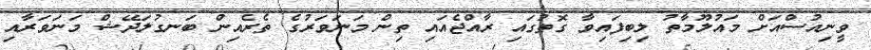
ވީނިއުސްއަށް މައުލޫމާތު ލިބިފައިވާ ގޮތުގައި ރާއްޖެއައި ތިން މަނަވަރުގެ ތެރެއިން ބަނގުލަދޭޝް މަނަވަރާއި